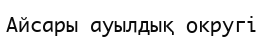
Айсары ауылдық округі